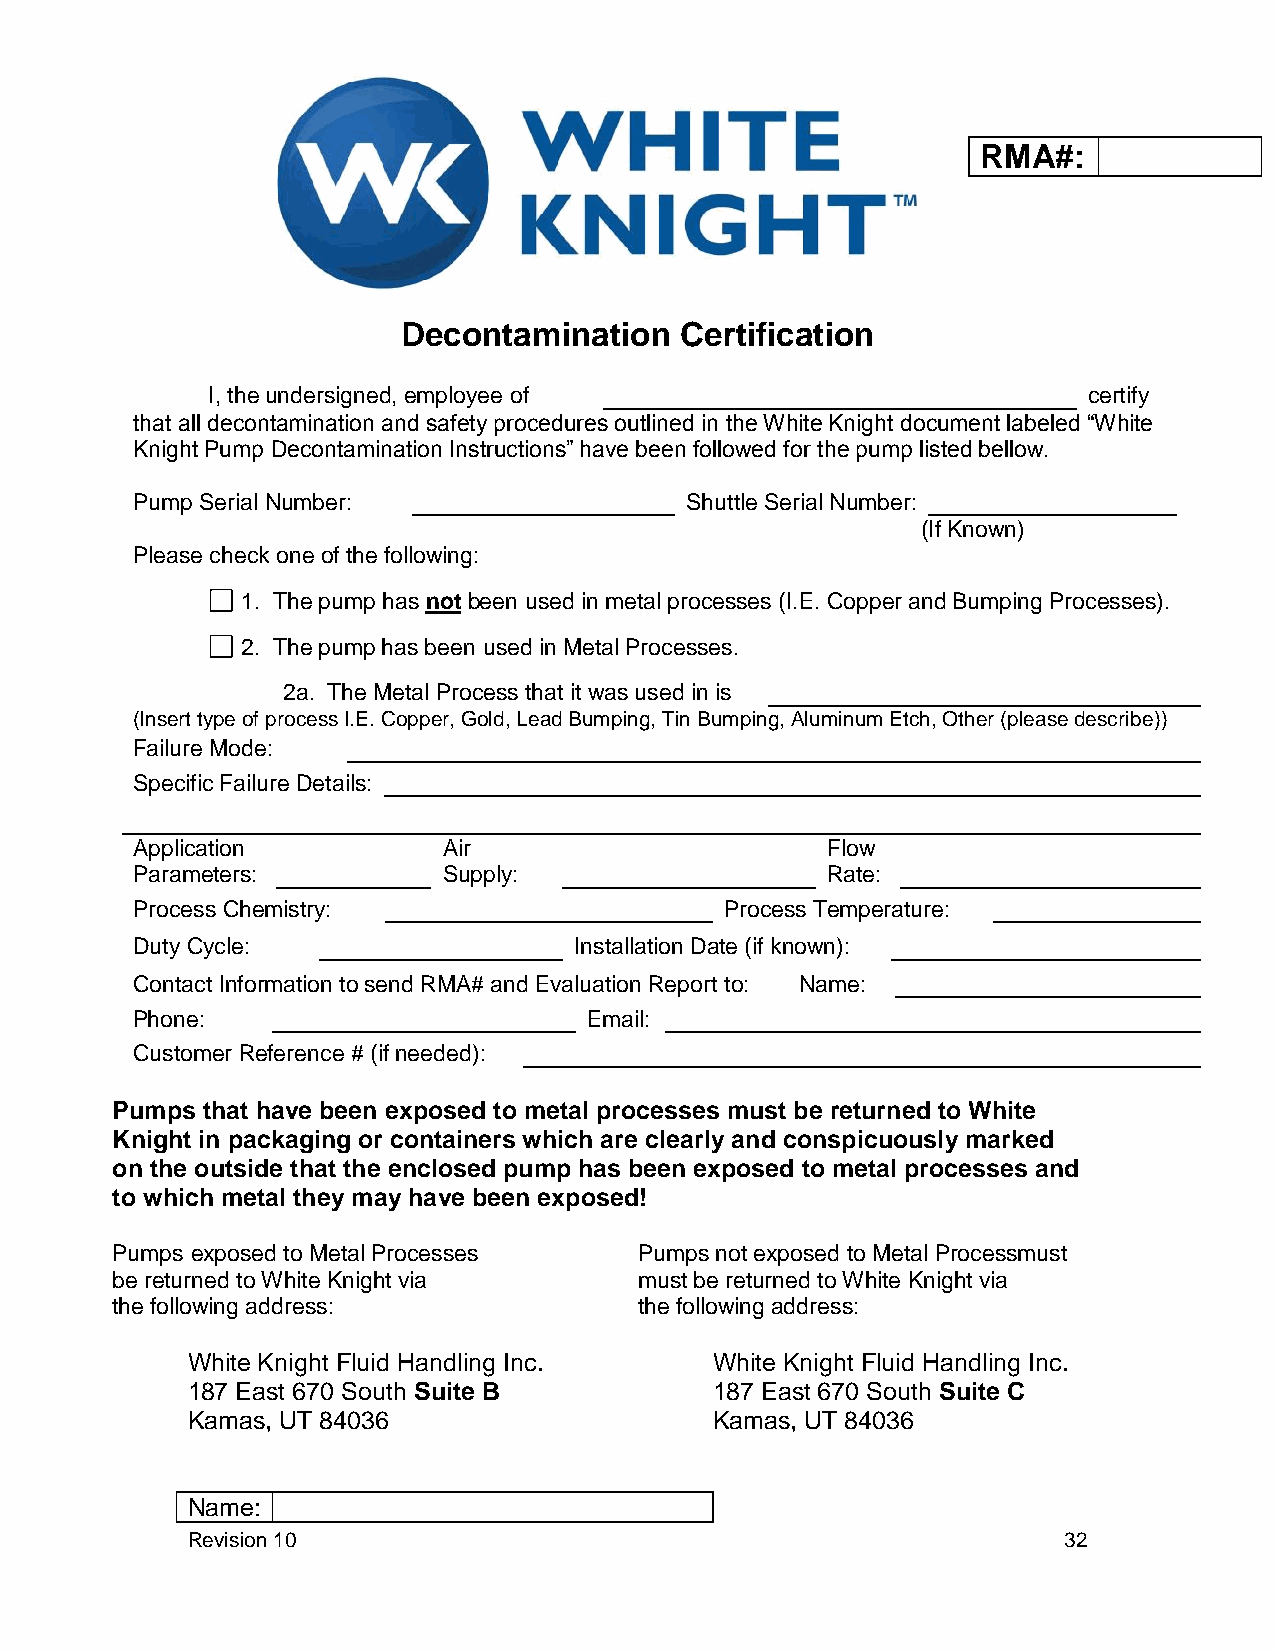
RMA#:
 Decontamination   Certification
 I, the undersigned, employee of                           certify
 that all decontamination and safety procedures outlined in the White Knight document labeled “White
 Knight Pump Decontamination Instructions” have been followed for the pump listed bellow.
 Pump Serial Number:                 Shuttle Serial Number:
 (If Known)
 Please check one of the following:
 1. The pump has not been used in metal processes (I.E. Copper and Bumping Processes).
 2. The pump has been used in Metal Processes.
 2a. The Metal Process that it was used in is
 (Insert type of process I.E. Copper, Gold, Lead Bumping, Tin Bumping, Aluminum Etch, Other (please describe))
 Failure Mode:
 Specific Failure Details:
 Application         Air                       Flow
 Parameters:         Supply:                   Rate:
 Process Chemistry:                     Process Temperature:
 Duty Cycle:                  Installation Date (if known):
 Contact Information to send RMA# and Evaluation Report to: Name:
 Phone:                        Email:
 Customer Reference # (if needed):
 Pumps that have been exposed to metal processes must be returned to White
 Knight in packaging or containers which are clearly and conspicuously marked
 on the outside that the enclosed pump has been exposed to metal processes and
 to which metal they may have been exposed!
 Pumps exposed to Metal Processes   Pumps not exposed to Metal Processmust
 be returned to White Knight via    must be returned to White Knight via
 the following address:             the following address:
 White Knight Fluid Handling Inc.   White Knight Fluid Handling Inc.
 187 East 670 South Suite B         187 East 670 South Suite C
 Kamas, UT 84036                    Kamas, UT 84036
 Name:
 Revision 10                                               32